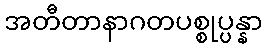
အတီတာနာဂတပစ္စုပ္ပန္နာ